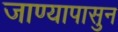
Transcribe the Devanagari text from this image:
जाण्यापासुन